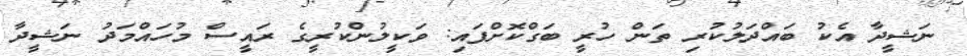
ނަޝީދާ އެކު ބައްދަލުކުރި ތަން ހުރީ ބަގްކޮށްފައި: ވަކީލުންކުރީގެ ރައީސް މުހައްމަދު ނަޝީދާ